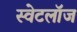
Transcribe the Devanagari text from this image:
स्वेटलॉज